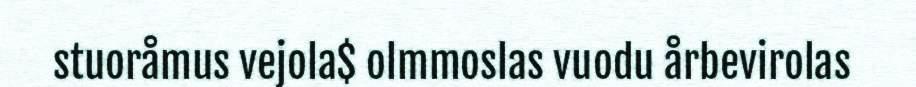
stuoråmus vejola$ olmmoslas vuodu årbevirolas